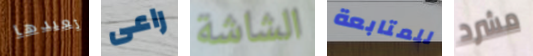
تعيدها راعى الشاشة للمتابعة مشرد